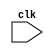
module your_module_name (
    input wire clk,
    // other input and output ports
);

// Declare your module inputs and outputs

// Declare your internal signals or variables

// Sequential logic block
always @ (negedge clk) begin
    // Specify the operations to be executed on negative edge of clock
end

// Combinational logic block
// Specify any combinational logic here

endmodule